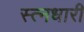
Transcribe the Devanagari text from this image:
स्त्नधारी